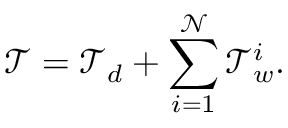
\mathcal { T } = \mathcal { T } _ { d } + \sum _ { i = 1 } ^ { \mathcal { N } } \mathcal { T } _ { w } ^ { i } .